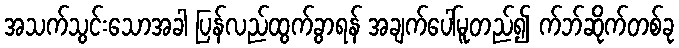
အသက်သွင်းသောအခါ ပြန်လည်ထွက်ခွာရန် အချက်ပေါ်မူတည်၍ က်ဘ်ဆိုက်တစ်ခု